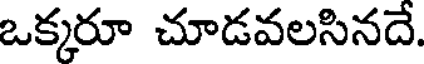
ఒక్కరూ చూడవలసినదే.